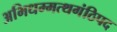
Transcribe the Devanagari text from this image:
अभिधम्मत्थगंठिपद